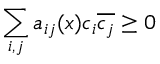
\sum _ { i , j } a _ { i j } ( x ) c _ { i } { \overline { { c _ { j } } } } \geq 0